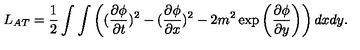
L _ { A T } = { \frac { 1 } { 2 } } \int \int \left( ( { \frac { \partial \phi } { \partial t } } ) ^ { 2 } - ( { \frac { \partial \phi } { \partial x } } ) ^ { 2 } - 2 m ^ { 2 } \exp \left( { \frac { \partial \phi } { \partial y } } \right) \right) d x d y .